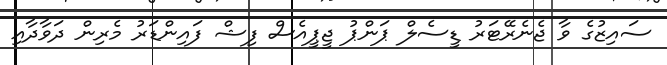
ސައިޒުގެ ވާ ޖެނެރޭޓަރު ޑީސެލް ޕަންޕު ޖީޕީއެސް ފިޝް ފައިންޑަރު މެރިން ދަވާދާއި